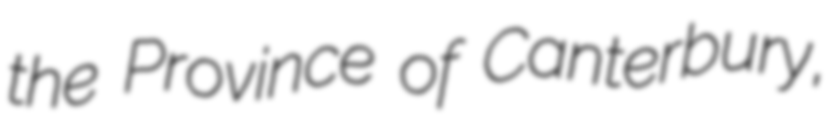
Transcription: the Province of Canterbury,